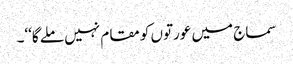
سماج میں عورتوں کو مقام نہیں ملے گا‘‘۔